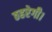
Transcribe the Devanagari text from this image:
ठहरेगी।